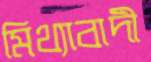
মিথ্যাবাদী